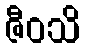
ဇီဝသိ